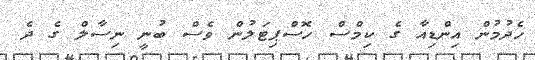
ހެދުމުން އިންޑިއާ ގެ ކިމްސް ހޮސްޕިޓަލުން ވެސް ބުނީ ނިސާލް ގެ ދެ